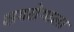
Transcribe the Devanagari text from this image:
क्षयरोगाला